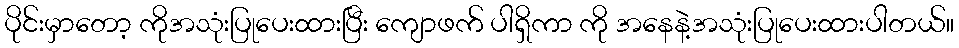
ပိုင်းမှာတော့ ကိုအသုံးပြုပေးထားပြီး ကျောဖက် ပါရှိကာ ကို အနေနဲ့အသုံးပြုပေးထားပါတယ်။